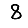
Digit: 8